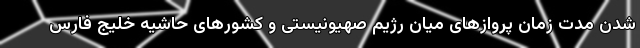
شدن مدت زمان پروازهای میان رژیم صهیونیستی و کشورهای حاشیه خلیج فارس